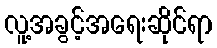
လူ့အခွင့်အရေးဆိုင်ရာ